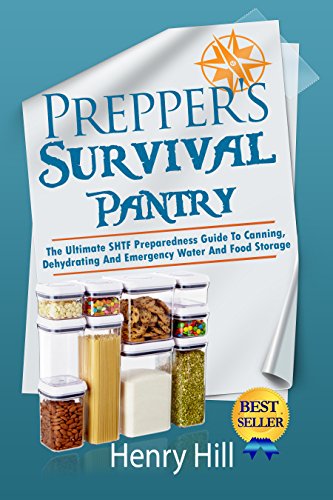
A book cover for Prepper's Survival Pantry: The Ultimate SHTF Preparedness Guide To Canning, Dehydrating And Emergency Water And Food Storage (Prepper Hacks, DIY Hacks, ... Survival Needs, Hack It, Prepare Your,); Henry Hill; Cookbooks, Food & Wine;